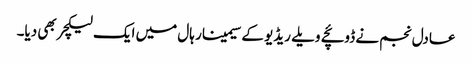
عادل نجم نے ڈوئچے ویلے ریڈیو کے سیمینار ہال میں ایک لیکچر بھی دیا۔